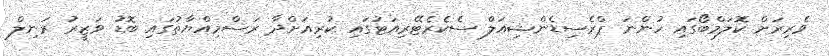
ވެރިރަށް ކޮލަމްބޯގައި ހުންނަ ޕްރެސިޑެންޝިއަލް ސެކެރެޓޭރިއަޓުގައި ކުރިއަށްދާ ރަސްމިއްޔާތުގައި ބޮޑު ވަޒީރު ރަނިލް